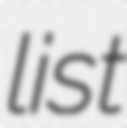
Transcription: list